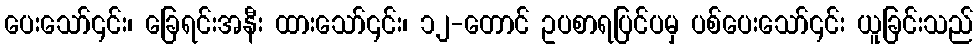
ပေးသော်၎င်း၊ ခြေရင်းအနီး ထားသော်၎င်း၊ ၁၂-တောင် ဥပစာရပြင်ပမှ ပစ်ပေးသော်၎င်း ယူခြင်းသည်